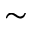
\sim